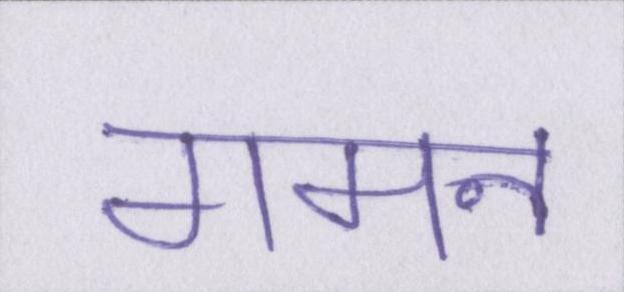
गमन